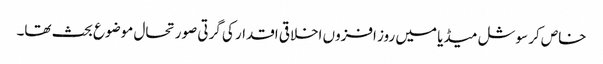
خاص کر سوشل میڈیا میں روز افزوں اخلاقی اقدار کی گرتی صورتحال موضوع بحث تھا۔